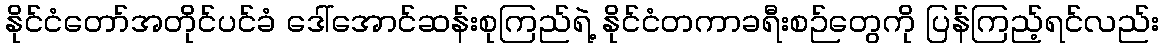
နိုင်ငံတော်အတိုင်ပင်ခံ ဒေါ်အောင်ဆန်းစုကြည်ရဲ့ နိုင်ငံတကာခရီးစဉ်တွေကို ပြန်ကြည့်ရင်လည်း